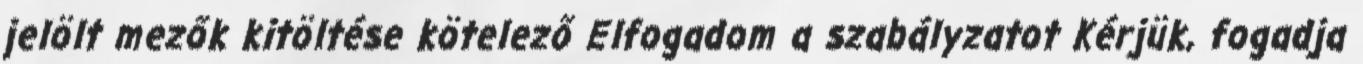
jelölt mezők kitöltése kötelező Elfogadom a szabályzatot Kérjük, fogadja